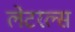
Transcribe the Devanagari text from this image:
लेटरल्स